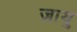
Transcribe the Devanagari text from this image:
ज़ायु